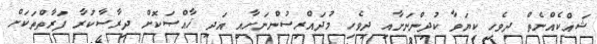
ޝައްކެއްނެތް ދިވެހި ކިޔަވާ ކުދިންނަށާއި ދިވެހި މުދައްރިސުންނަށާއި އަދި ޚާއްޞަކޮށް ދިރާސާކުރާ ފަރާތްތަކަށް